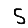
Digit: 5